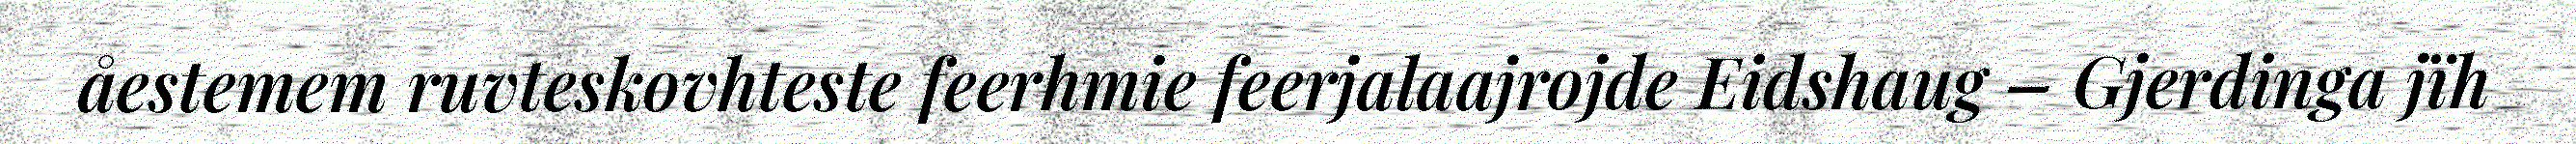
åestemem ruvteskovhteste feerhmie feerjalaajrojde Eidshaug – Gjerdinga jïh